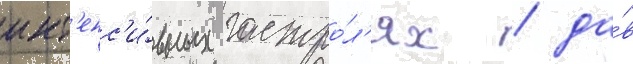
инт'енс'и́вных гастро́л'ях / да́в